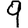
Digit: 9